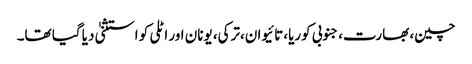
چین، بھارت،جنوبی کوریا،تائیوان،ترکی، یونان اور اٹلی کو استثنیٰ دیا گیا تھا۔